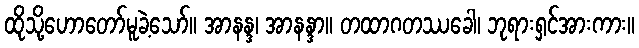
ထိုသို့ဟောတော်မူခဲ့သော်။ အာနန္ဒ၊ အာနန္ဒာ။ တထာဂတဿခေါ၊ ဘုရားရှင်အားကား။